Jaan_Tonisson_(Lasteleht), lk 107
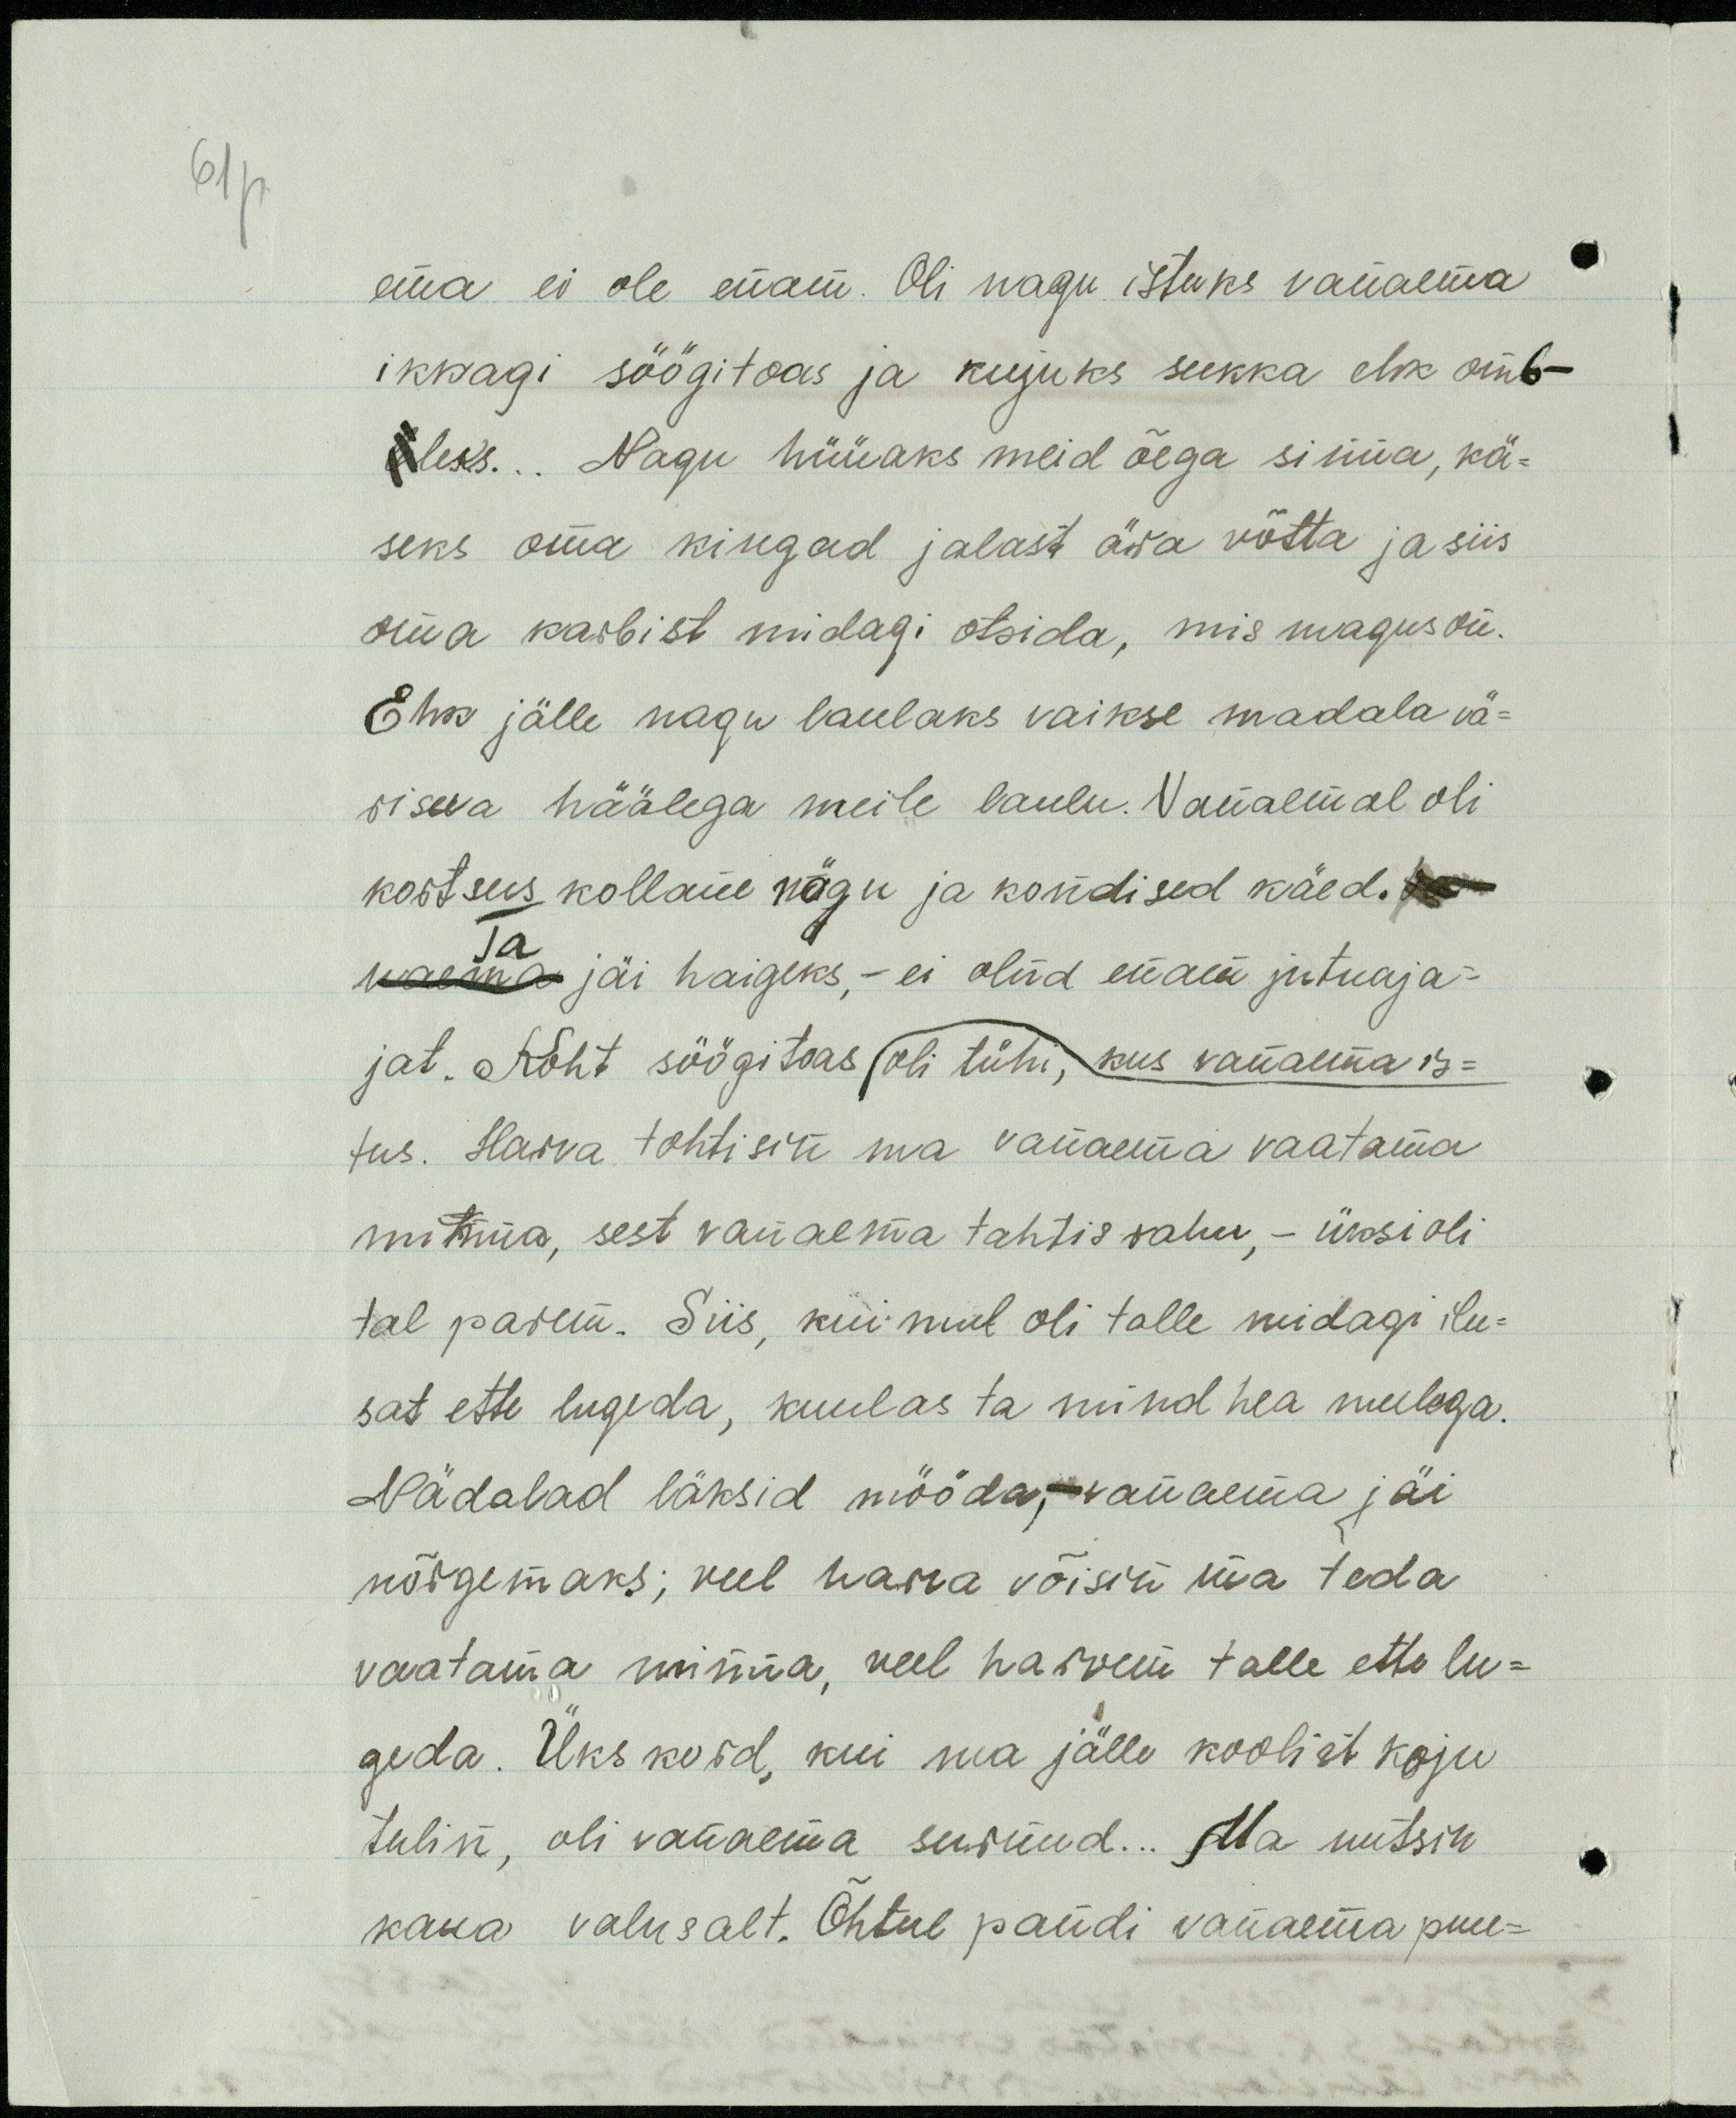
61p

ema ei ole enam. Oli nagu istuks vanaema
ikkagi söögitoas ja kujuks sukka elk omb-
leks... Nagu hüüaks meid õega sinna, kä-
seks oma kingad jalast ära võtta ja siis
oma karbist midagi otsida, mis magus on.
Ehk jälle nagu laulaks vaikse madala vä-
siseva häälega meile laulu. Vanaemal oli
kortsus kollane nägu ja kondised käed. Va
Ta
naema jäi haigeks, - ei olnd enam jutuaja-
jat. Koht söögitoas oli tühi, kus vanaema is-
tus. Harva tohtisin ma vanaema vaatama
mitnnaa, sest vanaema tahtis rahu, - üksi oli
tal parem. Siis, kui mul oli talle midagi ilu-
sat ette lugeda, kuulas ta mind hea meelega.
Nädalad läksid mööda, vanaema jäi
nõrgemaks; veel harva võisin ma teda
vaatama minna, veel harvem talle ette lu-
geda. Üks kord, kui ma jälle koolist koju
tulin, oli vanaema surnud... Ma nutsin
kaua valusalt. Õhtul pandi vanaema puu-